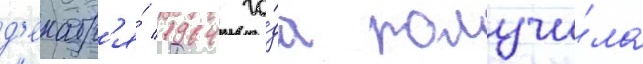
д'екабр'я́ 1964 го́да получи́ла